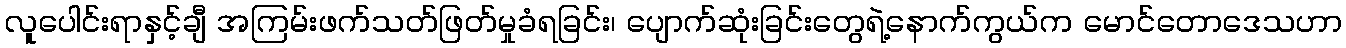
လူပေါင်းရာနှင့်ချီ အကြမ်းဖက်သတ်ဖြတ်မှုခံရခြင်း၊ ပျောက်ဆုံးခြင်းတွေရဲ့နောက်ကွယ်က မောင်တောဒေသဟာ